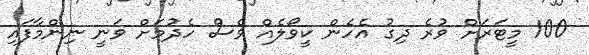
100 މީޓަރަށް ވުރެ ދިގު އެހެން ކީވޯލެއް ވެސް ހެދުމަށް ވަނީ ނިންމާފައި